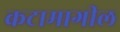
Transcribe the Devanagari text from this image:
कटामागील